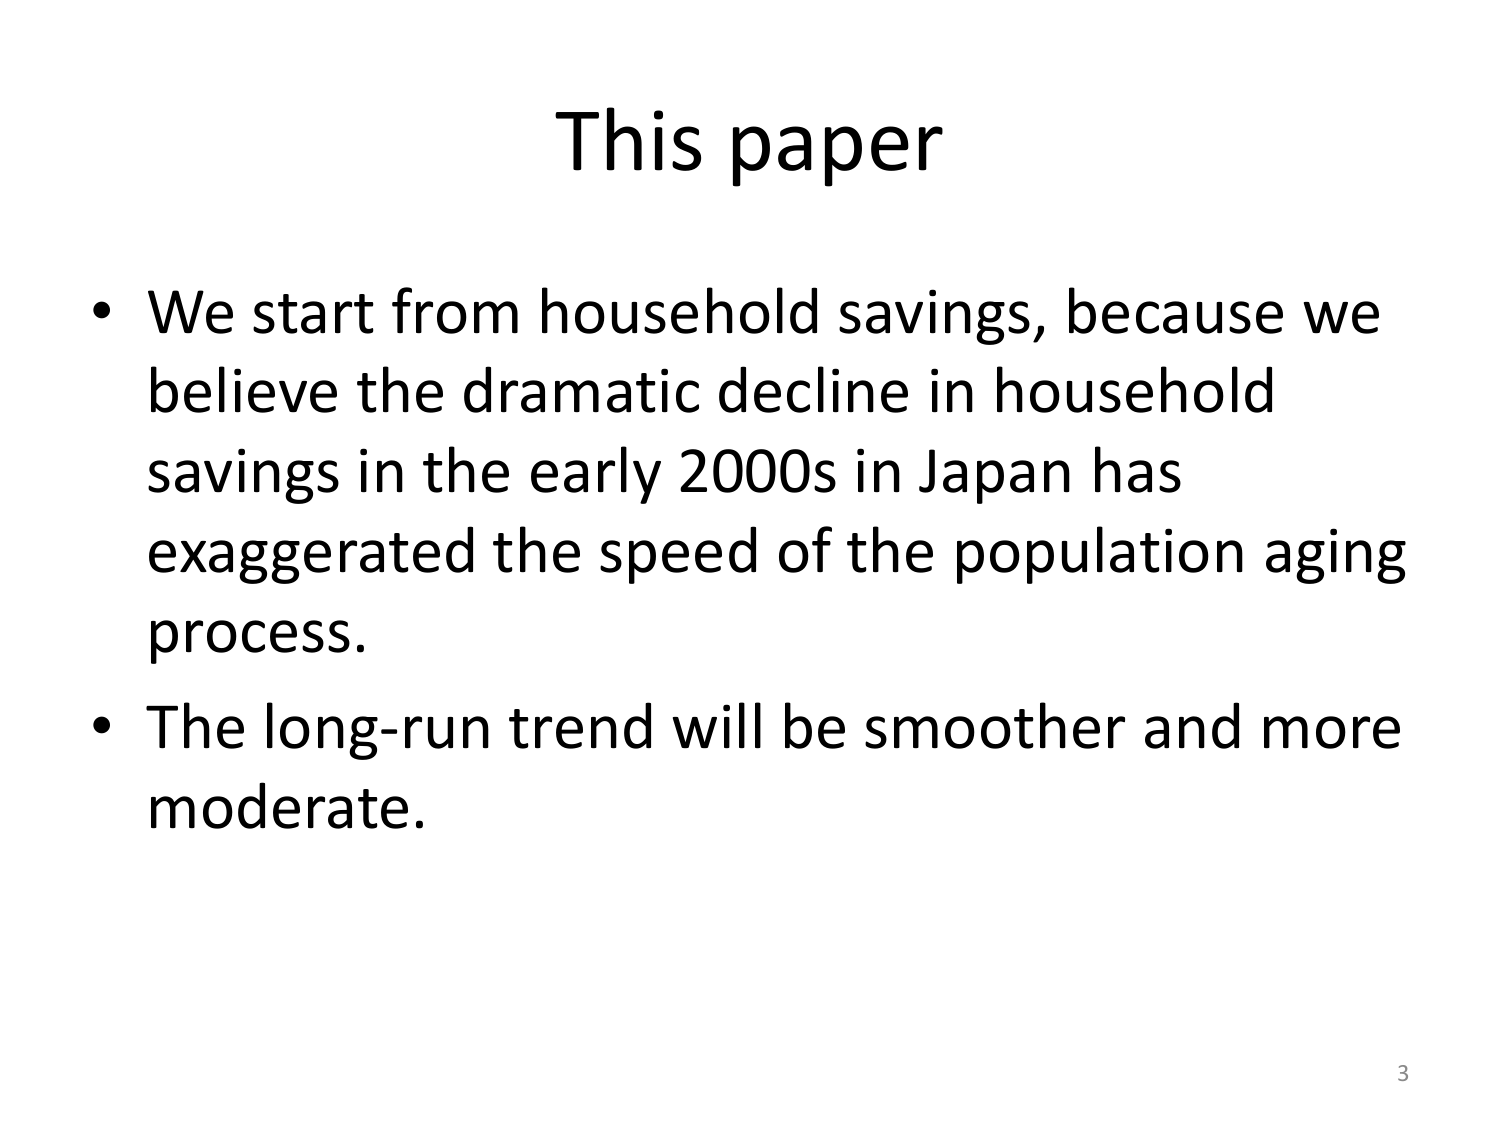
This paper

• We start from household savings, because we believe the dramatic decline in household savings in the early 2000s in Japan has exaggerated the speed of the population aging process.

• The long-run trend will be smoother and more moderate.

3